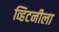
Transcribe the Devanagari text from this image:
व्हिटनीला